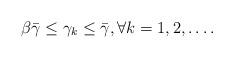
LaTeX: \begin{align*}\beta \bar{\gamma} \le \gamma_k \le \bar{\gamma},\forall k = 1, 2, \ldots.\end{align*}